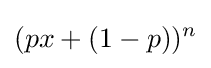
(px+(1-p))^{n}